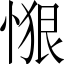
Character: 𱞴